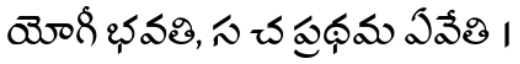
యోగీ భవతి, స చ ప్రథమ ఏవేతి ।